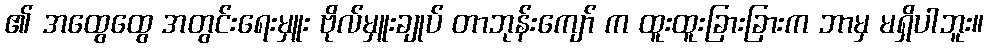
၏ အထွေထွေ အတွင်းရေးမှူး ဗိုလ်မှူးချုပ် တာဘုန်းကျော် က ထူးထူးခြားခြားက ဘာမှ မရှိပါဘူး။